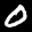
Label: 0